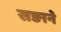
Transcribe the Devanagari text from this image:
सङाने